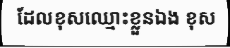
ដែលខុសឈ្មោះខ្លួនឯង ខុស